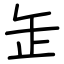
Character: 𦈢